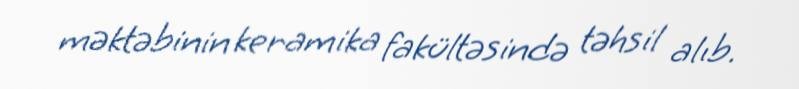
məktəbinin keramika fakültəsində təhsil alıb.